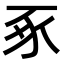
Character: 豖